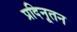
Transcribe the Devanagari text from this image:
प्रदिनूतन